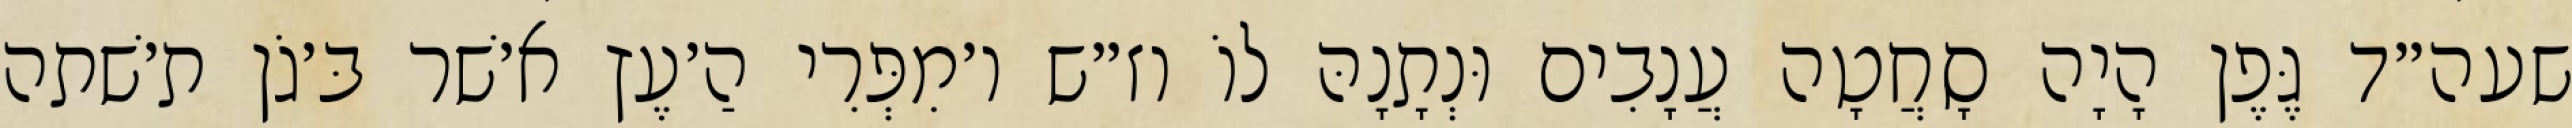
שעה״ד גֶּפֶן הָיָה סָחֲטָה עֲנָבִים וּנְתָנָהּ לוֹ וז״ש ו׳מִפְּרִי הַ׳עֶץ א׳שׁר בּ׳גֹן ת׳שׁתה